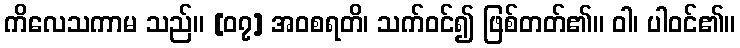
ကိလေသကာမ သည်။ [၀၇] အဝစရတိ၊ သက်ဝင်၍ ဖြစ်တတ်၏။ ဝါ၊ ပါဝင်၏။